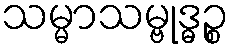
သမ္မာသမ္ဗုဒ္ဓဉ္စ